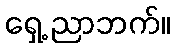
ရှေ့ ညာဘက်။